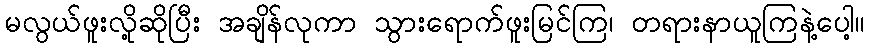
မလွယ်ဖူးလို့ဆိုပြီး အချိန်လုကာ သွားရောက်ဖူးမြင်ကြ၊ တရားနာယူကြနဲ့ပေါ့။